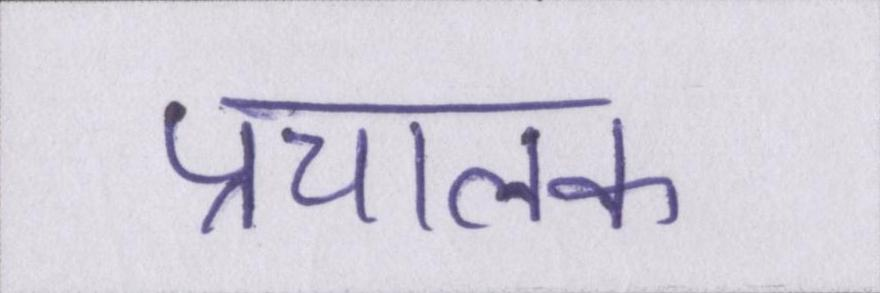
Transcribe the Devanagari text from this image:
प्रचालक